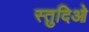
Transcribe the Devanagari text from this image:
स्तुदिओ